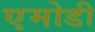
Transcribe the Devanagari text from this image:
एमोडी